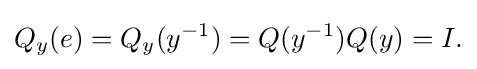
\displaystyle {Q_{y}(e)=Q_{y}(y^{-1})=Q(y^{-1})Q(y)=I.}